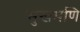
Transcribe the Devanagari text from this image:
सुखमणि